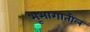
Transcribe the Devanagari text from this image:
भूभागातील